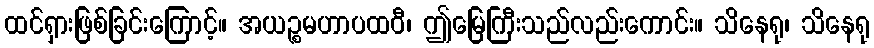
ထင်ရှားဖြစ်ခြင်းကြောင့်။ အယဉ္စမဟာပထဝီ၊ ဤမြေကြီးသည်လည်းကောင်း။ သိနေရု၊ သိနေရု